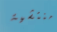
منتشية